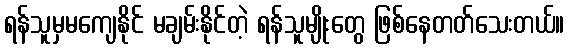
ရန်သူမှမကျေနိုင် မချမ်းနိုင်တဲ့ ရန်သူမျိုးတွေ ဖြစ်နေတတ်သေးတယ်။